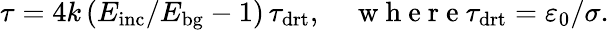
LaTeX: \tau=4k\, (E_{\mathrm{inc}}/E_{\mathrm{bg}}-1)\, \tau_{\mathrm{drt}},\quad\mathrm{~w~h~e~r~e~}\tau_{\mathrm{drt}}=\varepsilon_{0}/\sigma.